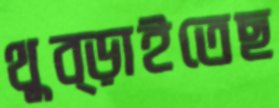
থুব্‌ড়াইতেছ